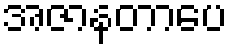
အဇာနတာပေ